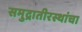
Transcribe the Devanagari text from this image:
समुद्रातीरस्थांचा